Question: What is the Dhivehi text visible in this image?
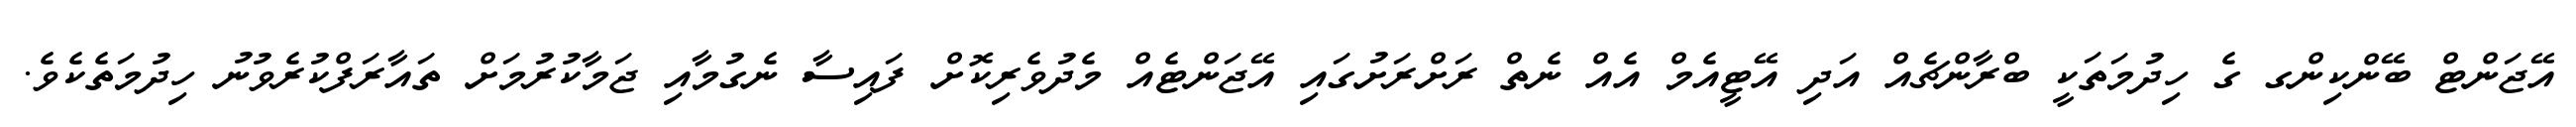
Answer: އޭޖަންޓް ބޭންކިންގ ގެ ހިދުމަތަކީ ބްރާންޗެއް އަދި އޭޓީއެމް އެއް ނެތް ރަށްރަށުގައި އޭޖަންޓެއް މެދުވެރިކޮށް ފައިސާ ނެގުމާއި ޖަމާކުރުމަށް ތައާރަފްކުރެވުނު ހިދުމަތެކެވެ.